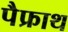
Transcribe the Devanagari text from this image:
पैफ्राथ